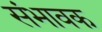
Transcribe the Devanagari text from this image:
संभावक